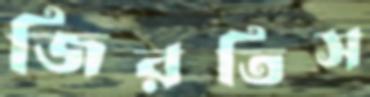
জিরতিস